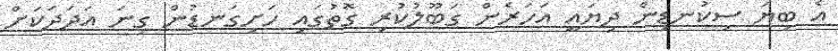
އެ ބިޔަ ސިކުނޑިން ދިޔައީ އަހަރެން ގަބޫލުކުރި ގޮތުގައި ހަށިގަނޑުން ގިނަ އަދަދަކަށް